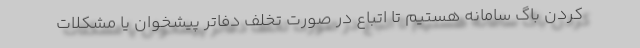
کردن باگ سامانه هستیم تا اتباع در صورت تخلف دفاتر پیشخوان یا مشکلات